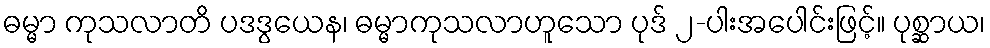
ဓမ္မာ ကုသလာတိ ပဒဒွယေန၊ ဓမ္မာကုသလာဟူသော ပုဒ် ၂-ပါးအပေါင်းဖြင့်။ ပုစ္ဆာယ၊